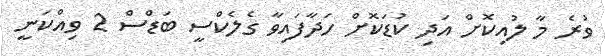
ވުރެ މާ ލުއިކޮށް އަދި ކުޑަކޮށް ހަދާފައިވާ ގެލެކްސީ ބަޑްސް 2 ވިއްކަނީ